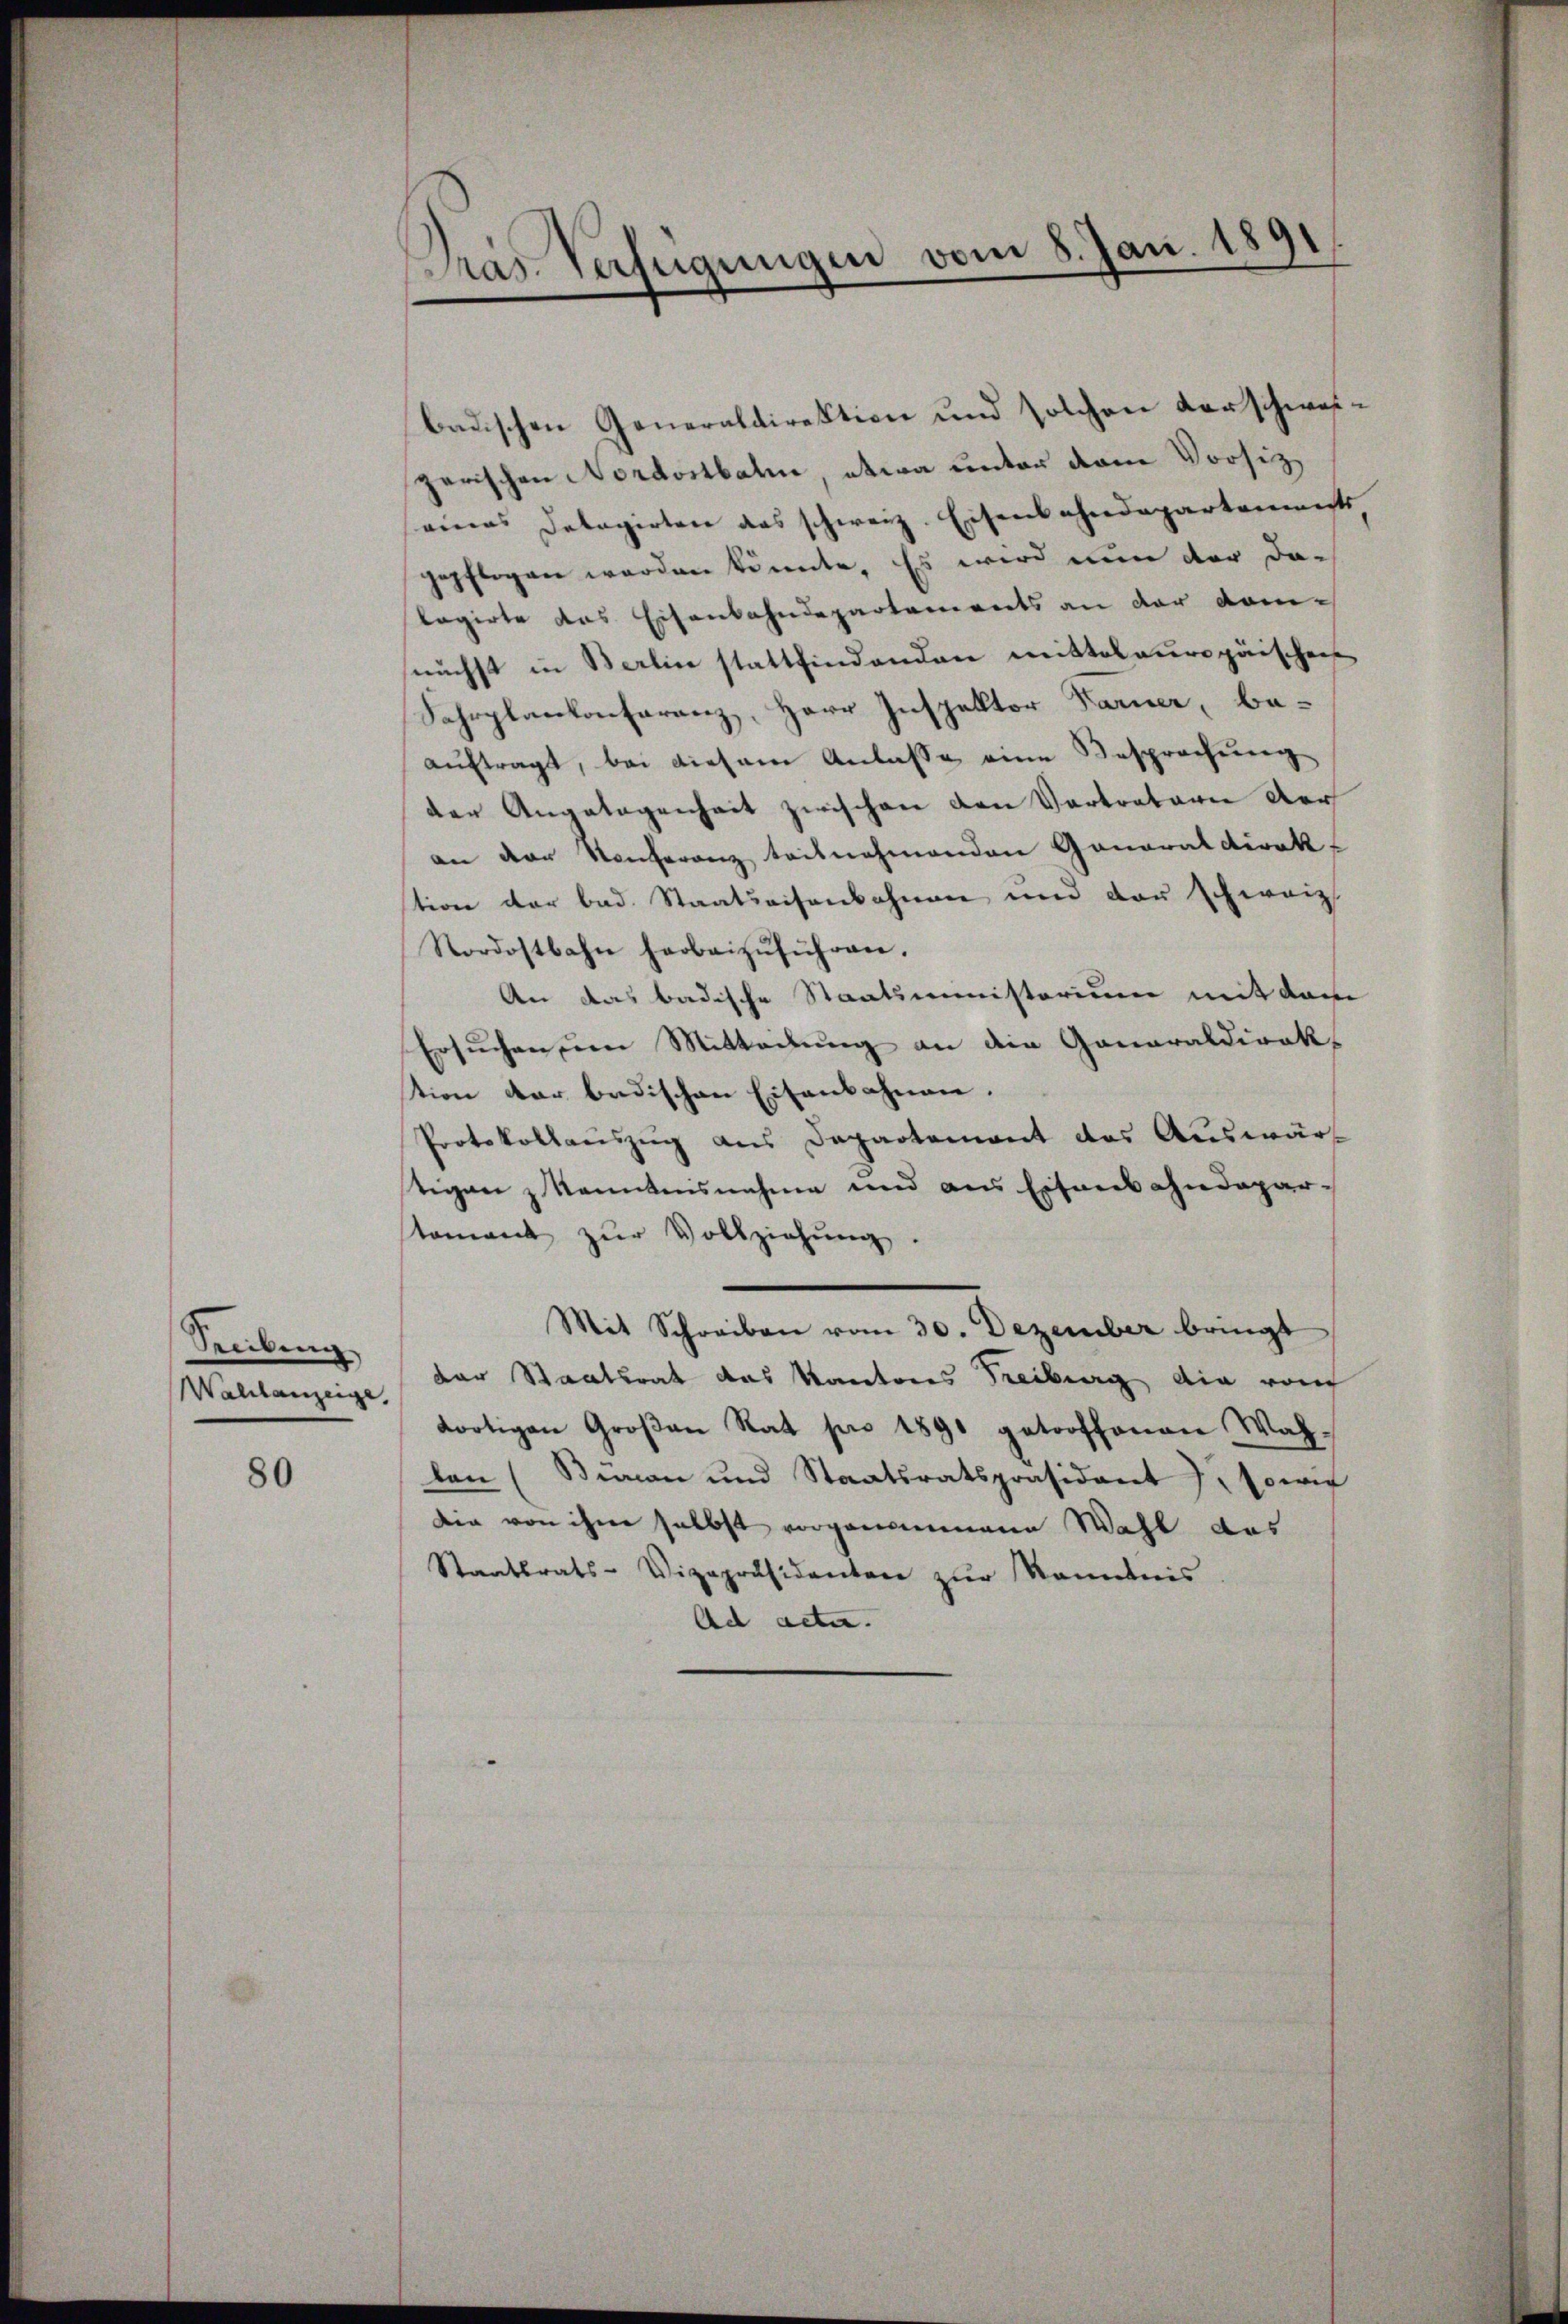
Treibung
Walilanzeige,

80

Das Verfügungen vom 8. Jan. 1891

badischen Generaldirektion und solchen Vorschweizerischen Nordostbahne, etwa unter dem Vorsitzeines Detagirten das schweiz. Eisenbahndepartements
gepflogen worden könnte. Es wird nun der dalagirte das Eisenbahndepartements an der komnächst in Berlin stattfindenden mittelauropäischen
Fahrplankonferenz, Herr Inspektor Farner, beauftragt, bei diesem Anlasse eine Besprechung
der Angelegenheit zwischen den Vertreterie der
an der Konferenz teilnehmenden Ganaraldirek-
tion der bad. Staatsaisenbahnen und der schweiz.
Nordostbahn herbeizŭführen.
An das badische Staatsministorium mit dam
Ersuchen um Mitterung an die Ganaraldirek-
tion der badischen Eisenbahnen.
Protokollauszug aus Departement des Auswärt
tigen z kanntensnahme und aus Eisenbahndepartament zŭr Vollziehŭng.
Mit Schreiben vom 30. Dezember bringt
der Staatsrat das Kantons Freiburg die rauf
dortigen Groβan Rat pro 1891 getroffenen Wahlen (Bian und Staatsratspräsident J. sowi
die von ihme selbst vorgenommene Wahl das
Staatsrats-Vizepräsidenten zur Kenntnis
Ad acta.